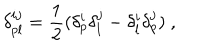
\delta _ { p l } ^ { i j } = { \frac { 1 } { 2 } } ( \delta _ { p } ^ { i } \delta _ { l } ^ { j } - \delta _ { l } ^ { i } \delta _ { p } ^ { j } ) \ ,